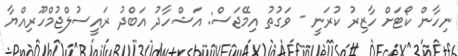
ނިހާން ކޯޓަށް ހާޒިރު ކުރަނީ - ވަގުތު އިމޭޖަސް: އަޝްހާދު އަބްދު ރައީސުލްޖުމްހޫރިއްޔާ